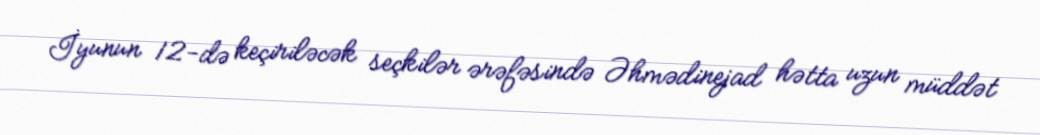
İyunun 12-də keçiriləcək seçkilər ərəfəsində Əhmədinejad hətta uzun müddət